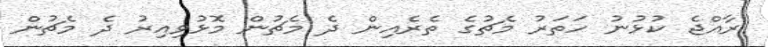
ރާއްޖެ ކުޅުނު ހަތަރު މެޗުގެ ތެރެއިން ދެ މެޗުން މޮޅުވިއިރު ދެ މެޗުން